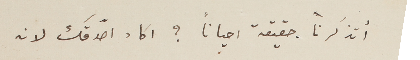
أتذكرنا. حقيقة احياناً؟ اكاد اصدّقك لانه